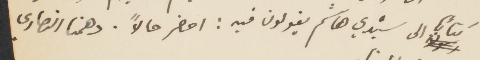
كتابًأ الى سيدي هاشم يقولون فيه: احضر حالًا. دهمنا النصارى